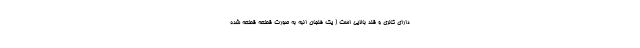
دارای کالری و قند بالایی است ( یک فنجان انبه به صورت قطعه قطعه شده